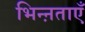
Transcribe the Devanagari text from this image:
भिन्ऩताएँ